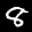
Label: 8